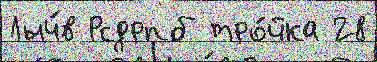
Лыч́в Рсдрпб тро́йка 28